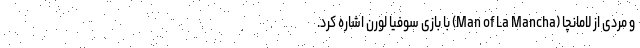
و مردی از لامانچا (Man of La Mancha) با بازی سوفیا لورن اشاره کرد.